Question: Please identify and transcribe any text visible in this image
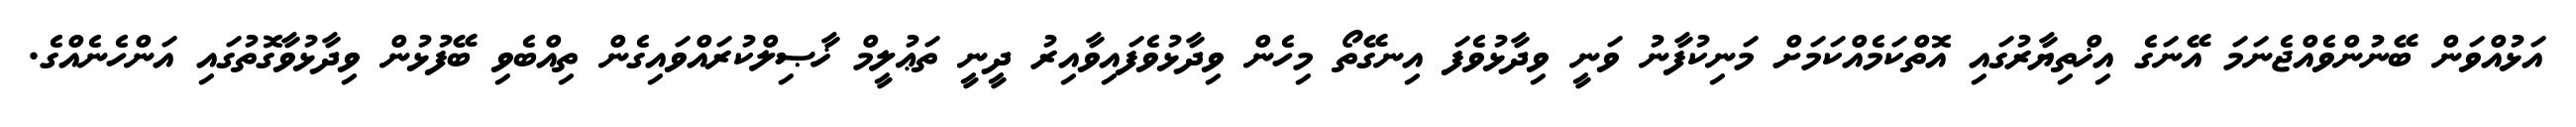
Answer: އަޅުއްވަން ބޭނުންވެއްޖެނަމަ އޭނަގެ އިޚްތިޔާރުގައި އޮތްކަމެއްކަމަށް މަނިކުފާނު ވަނީ ވިދާޅުވެފަ އިނގޭތޯ މިހެން ވިދާޅުވެފައިވާއިރު ދީނީ ތަޢުލީމް ޚާޞިލްކުރައްވައިގެން ތިއްބެވި ބޭފުޅުން ވިދާޅުވާގޮތުގައި އަންހެނެއްގެ.